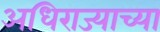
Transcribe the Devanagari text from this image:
अधिराज्याच्या